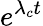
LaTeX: e^{\lambda_{c}t}